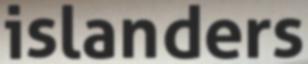
islanders